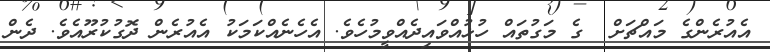
އެއުރެންގެ މައްޗަށް  ގެ މަގުތައް ހުޅުއްވައިދެއްވީމުހެވެ. އެހެނެއްކަމަކު އެއުރެން ދޮގުކުރޫއެވެ. ދެން